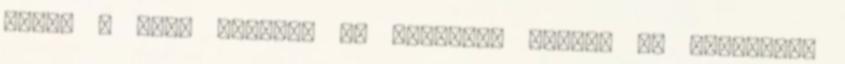
Filll & Sign Aláírás és kitöltés lapon, és használja